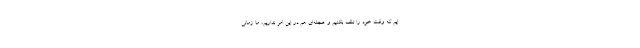
ایم که وقت خود را تلف بکنیم و عجله‌ای هم در این امر نداریم، ما زمانی